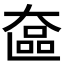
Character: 𬼵